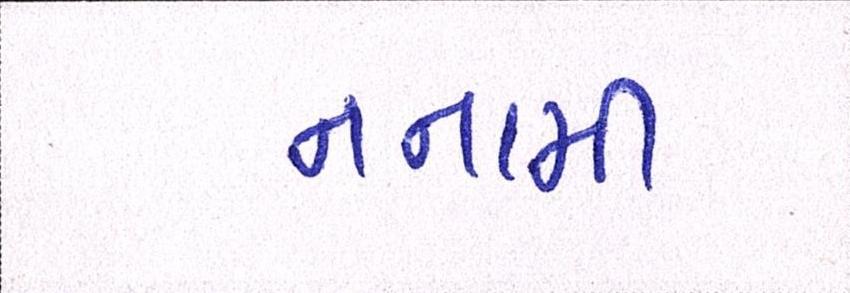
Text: નનામી